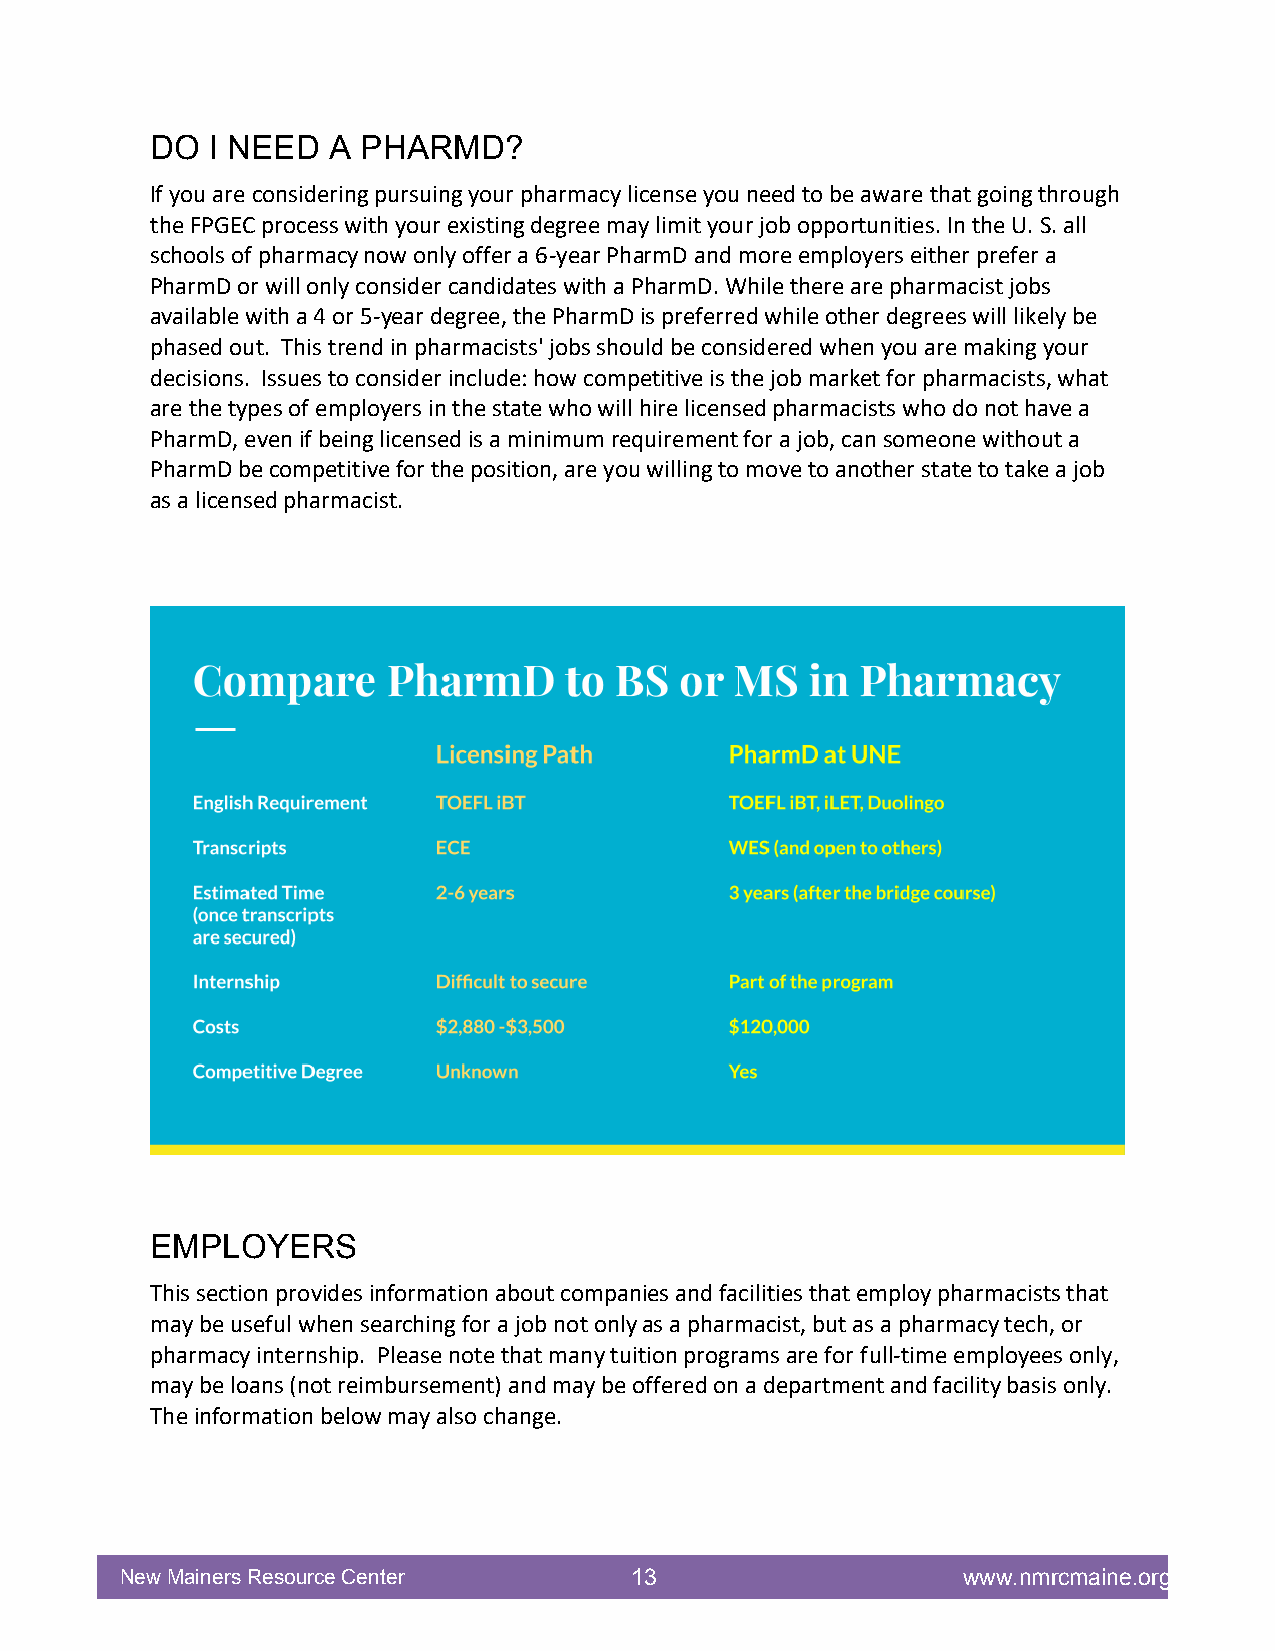
DO  I NEED  A PHARMD?
 If you are considering pursuing your pharmacy license you need to be aware that going through
 the FPGEC process with your existing degree may limit your job opportunities. In the U. S. all
 schools of pharmacy now only offer a 6-year PharmD and more employers either prefer a
 PharmD or will only consider candidates with a PharmD. While there are pharmacist jobs
 available with a 4 or 5-year degree, the PharmD is preferred while other degrees will likely be
 phased out. This trend in pharmacists' jobs should be considered when you are making your
 decisions. Issues to consider include: how competitive is the job market for pharmacists, what
 are the types of employers in the state who will hire licensed pharmacists who do not have a
 PharmD, even if being licensed is a minimum requirement for a job, can someone without a
 PharmD be competitive for the position, are you willing to move to another state to take a job
 as a licensed pharmacist.
 EMPLOYERS
 This section provides information about companies and facilities that employ pharmacists that
 may be useful when searching for a job not only as a pharmacist, but as a pharmacy tech, or
 pharmacy internship. Please note that many tuition programs are for full-time employees only,
 may be loans (not reimbursement) and may be offered on a department and facility basis only.
 The information below may also change.
 New Mainers Resource Center       13                    www.nmrcmaine.org